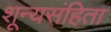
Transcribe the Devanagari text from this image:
शून्यसंहिता